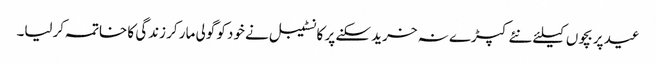
عید پر بچوں کیلئے نئے کپڑے نہ خرید سکنے پر کانسٹیبل نے خود کو گولی مار کر زندگی کا خاتمہ کرلیا۔